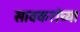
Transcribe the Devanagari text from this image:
सावकरांच्या